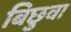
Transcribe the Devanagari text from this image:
बिछुवा